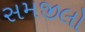
સમજીલો